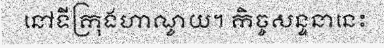
នៅទីក្រុងហាណូយ។ កិច្ចសន្ទនានេះ